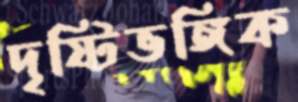
দৃষ্টিভঙ্গিক